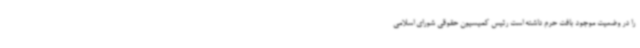
را در وضعیت موجود بافت حرم داشته است رئیس کمیسیون حقوقی شورای اسلامی